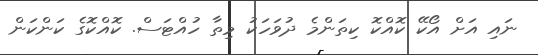
ނައި އަށް އޯކޭ ކޮއްކޮ ކިތަންމެ ދުވަހަކު މިތާ ހުއްޓަސް. ކޮއްކޮގެ ކަންކަން